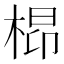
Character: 㭿